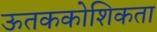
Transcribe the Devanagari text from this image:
ऊतककोशिकता